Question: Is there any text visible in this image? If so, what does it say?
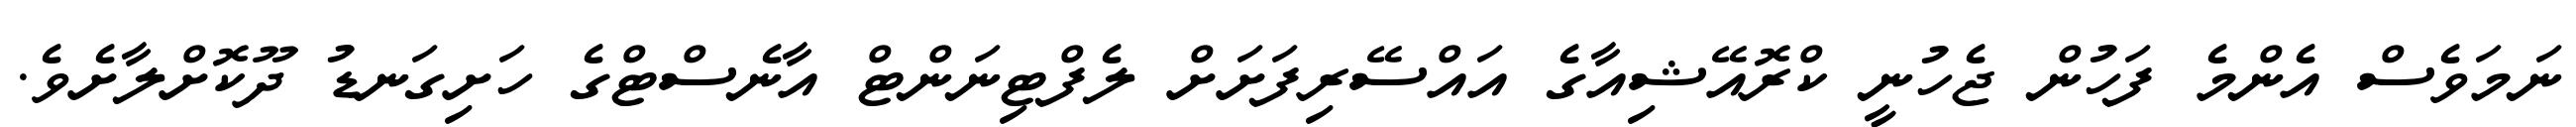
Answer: ނަމަވެސް އެންމެ ފަހުން ޖެހުނީ ކްރޮއޭޝިއާގެ އައްސޭރިފަށަށް ލެފްޓިނަންޓް އާނެސްޓްގެ ހަށިގަނޑު ދޫކޮށްލާށެވެ.